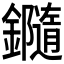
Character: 𨯝